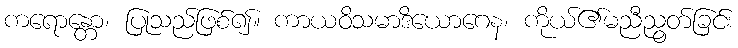
ကရောန္တော၊ ပြုသည်ဖြစ်၍။ ကာယဝိသမာဒိယောဂေန၊ ကိုယ်၏မညီညွတ်ခြင်း